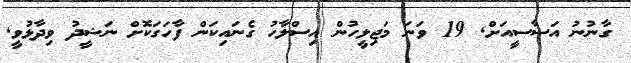
ގާނުނު އަސާސީއަށް